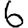
Digit: 6